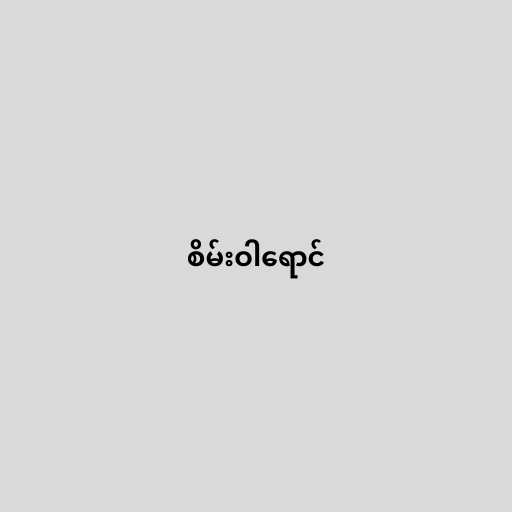
စိမ်းဝါရောင်